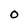
Character: 0